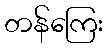
တန်ကြေး